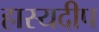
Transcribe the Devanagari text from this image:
हास्यदीप